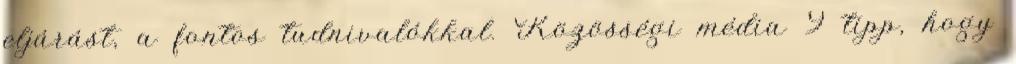
eljárást, a fontos tudnivalókkal. Közösségi média 9 tipp, hogy